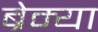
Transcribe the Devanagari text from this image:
ब्रेम्या